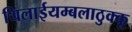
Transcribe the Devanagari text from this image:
थिलाईयम्बलाठुक्कू